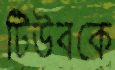
টিউবকে